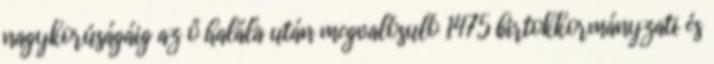
nagykorúságáig az ő halála után megvalósuló 1475 birtokkormányzati és